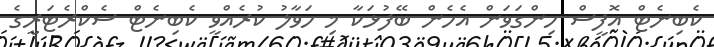
ކެބިނެޓް އޮފީސް ހިންގަވަން އެހެން ބޭފުޅަކާ މި ހަވާލު ކުރެއްވީ ކެބިނެޓް ސެކްރެޓަރީގެ